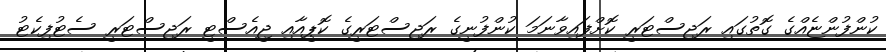
ކުންފުންޏެއްގެ ގޮތުގައި ރަޖިސްޓަރީ ކޮށްފައިވާނަމަ ކުންފުނީގެ ރަޖިސްޓަރީގެ ކޮޕީއާއި ޖީއެސްޓީ ރަޖިސްޓަރީ ސެޓުފިކެޓު